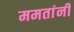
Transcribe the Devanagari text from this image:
ममतांनी